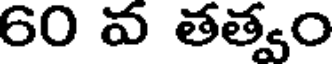
60 వ తత్వం